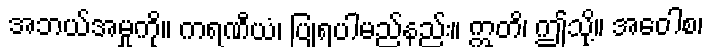
အဘယ်အမှုကို။ ကရဏီယံ၊ ပြုရပါမည်နည်း။ ဣတိ၊ ဤသို့။ အဝေါစ၊